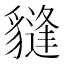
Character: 𧴂